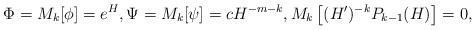
LaTeX: \begin{align*} \Phi = M_k[\phi] = e^H, \Psi = M_k[\psi] = c H^{-m-k} , M_k \left[ (H')^{-k} P_{k-1}(H) \right]=0, \end{align*}